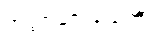
အတ္တာနုက္ကံသေတိ